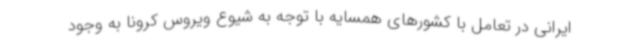
ایرانی در تعامل با کشورهای همسایه با توجه به شیوع ویروس کرونا به وجود